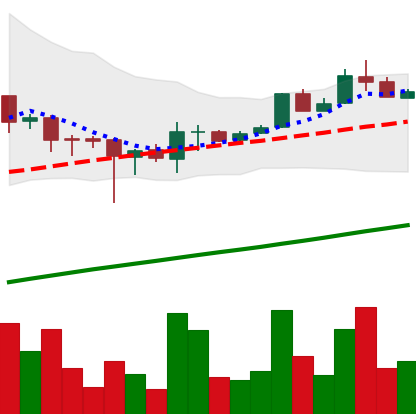
Ticker: LTC-USD
Chart end date: 2017-08-11
Forward return: -6.26%
Label: down_5_7